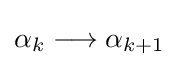
\alpha _{k}\longrightarrow \alpha _{k+1}